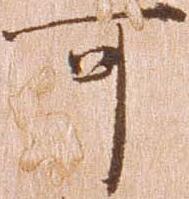
可